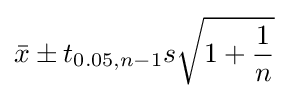
{\bar {x}}\pm t_{0.05,n-1}s{\sqrt {1+{\frac {1}{n}}}}